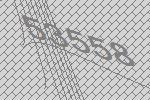
53558